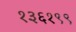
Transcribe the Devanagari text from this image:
१३६१९९